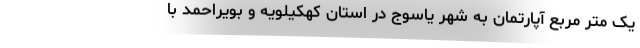
یک متر مربع آپارتمان به شهر یاسوج در استان کهکیلویه و بویراحمد با